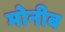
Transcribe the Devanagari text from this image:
मोनीब